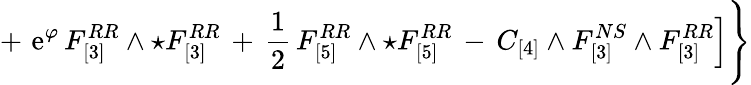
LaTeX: +\, \, \mathrm{e}^{\varphi}\, {F}_{[3]}^{RR}\wedge\star{F}_{[3]}^{RR}\, +\, \frac{1}{2}\, {F}_{[5]}^{RR}\wedge\star{F}_{[5]}^{RR}\, -\, C_{[4]}\wedge F_{[3]}^{NS}\wedge F_{[3]}^{RR}\Big]\Bigg\}